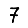
Digit: 7